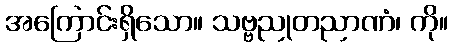
အကြောင်းရှိသော။ သဗ္ဗညုတညာဏံ၊ ကို။